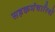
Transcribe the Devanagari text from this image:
सहकर्मचारियों